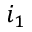
i _ { 1 }